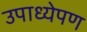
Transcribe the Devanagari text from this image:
उपाध्येपण